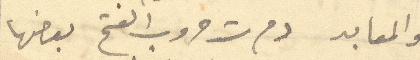
والمعابد دمرت حروب الفتح بعضها